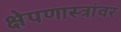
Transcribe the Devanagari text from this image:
क्षेपणास्त्रांवर